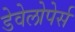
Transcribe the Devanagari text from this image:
डेवेलोपेर्स